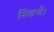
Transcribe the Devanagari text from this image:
सिडनी।